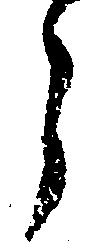
う